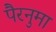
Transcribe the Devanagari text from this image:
पैरनुमा